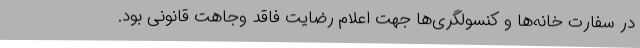
در سفارت خانه‌ها و کنسولگری‌ها جهت اعلام رضایت فاقد وجاهت قانونی بود.